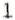
1